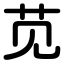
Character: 苋